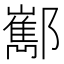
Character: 𨟎